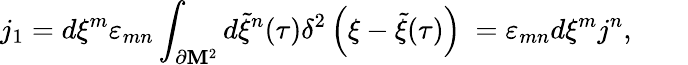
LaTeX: j_{1}=d\xi^{m}\varepsilon_{mn}\int_{\partial{\cal\mathbf{M}}^{2}}d{\tilde{{\xi}}}^{n}(\tau)\delta^{2}\left(\xi-{\tilde{{\xi}}}(\tau)\right)~=\varepsilon_{mn}d\xi^{m}j^{n},\qquad